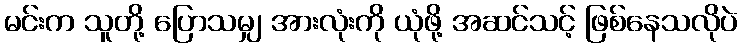
မင်းက သူတို့ ပြောသမျှ အားလုံးကို ယုံဖို့ အဆင်သင့် ဖြစ်နေသလိုပဲ